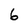
Character: 6